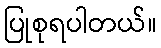
ပြုစုရပါတယ်။